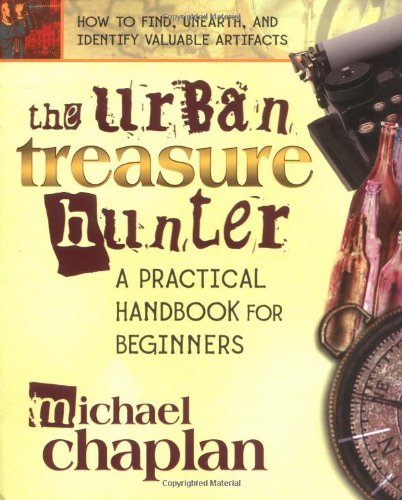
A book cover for The Urban Treasure Hunter: A Practical Handbook for Beginners; Michael Chaplan; Humor & Entertainment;